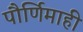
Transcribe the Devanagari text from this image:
पौर्णिमाही